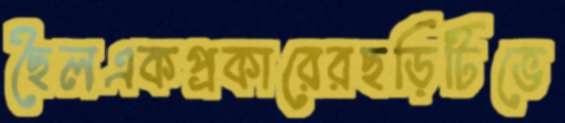
ছৈলএকপ্রকারেরছড়িটিভে